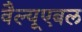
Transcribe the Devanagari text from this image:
वैल्यूएबल